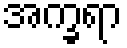
အက္ခရာ